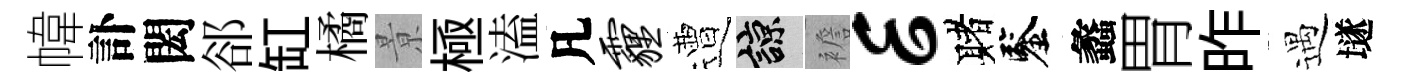
幃訃閎郤缸橘㬌極溘凡霾遭諒襜E赌鑒蠡胃昨遇𡑞